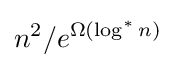
n^{2}/e^{\Omega (\log ^{*}n)}